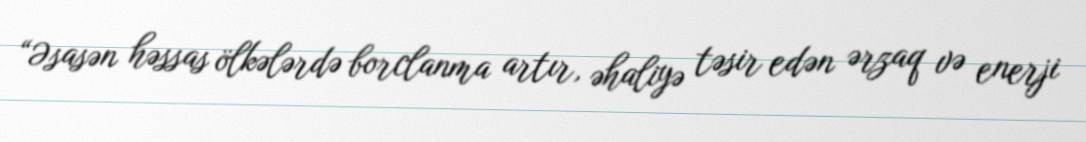
“Əsasən həssas ölkələrdə borclanma artır, əhaliyə təsir edən ərzaq və enerji